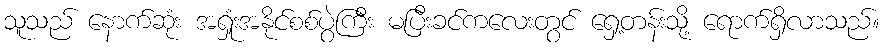
သူသည် နောက်ဆုံး အရှုံးအနိုင်စစ်ပွဲကြီး မပြီးခင်ကလေးတွင် ရှေ့တန်းသို့ ရောက်ရှိလာသည်။